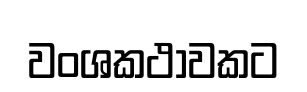
වංශකථාවකට